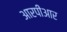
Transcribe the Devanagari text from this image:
आरपीआर